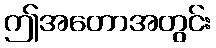
ဤအတောအတွင်း